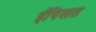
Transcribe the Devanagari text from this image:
ईपिसत